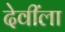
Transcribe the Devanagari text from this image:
देवींला